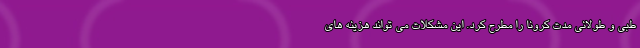
طبی و طولانی مدت کرونا را مطرح کرد. این مشکلات می تواند هزینه های